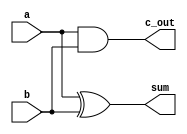
//----------------------------------------------------------------------
module Add_half (input a, b, output c_out, sum);
   xor G1(sum, a, b);	 
   and G2(c_out, a, b);
endmodule
//----------------------------------------------------------------------

//----------------------------------------------------------------------
module Add_full (input a, b, c_in, output c_out, sum);
   wire w1, w2, w3;	 
   Add_half M1 (a, b, w1, w2);
   Add_half M0 (w2, c_in, w3, sum);
   or (c_out, w1, w3);
endmodule
//----------------------------------------------------------------------

//----------------------------------------------------------------------
module adder16(a, b, c, s, ovf);
   
   input [15:0] a; // first number
   input [15:0] b; // second number  
   output [16:0] c;
   output [15:0] s;	
   output ovf;
        
        and(d, 0, 0);
        Add_full first(a[0], b[0], d, c[1], s[0]); 
       Add_full second(a[1], b[1], c[1], c[2], s[1]);
        Add_full third(a[2], b[2], c[2], c[3], s[2]);
       Add_full fourth(a[3], b[3], c[3], c[4], s[3]); 
        Add_full fifth(a[4], b[4], c[4], c[5], s[4]); 
        Add_full sixth(a[5], b[5], c[5], c[6], s[5]);
      Add_full seventh(a[6], b[6], c[6], c[7], s[6]);
       Add_full eighth(a[7], b[7], c[7], c[8], s[7]); 
        Add_full ninth(a[8], b[8], c[8], c[9], s[8]); 
        Add_full tenth(a[9], b[9], c[9], c[10], s[9]);
     Add_full eleventh(a[10], b[10], c[10], c[11], s[10]);
      Add_full twelfth(a[11], b[11], c[11], c[12], s[11]); 
   Add_full thirteenth(a[12], b[12], c[12], c[13], s[12]); 
   Add_full fourteenth(a[13], b[13], c[13], c[14], s[13]);
    Add_full fifteenth(a[14], b[14], c[14], c[15], s[14]);
    Add_full sixteenth(a[15], b[15], c[15], c[16], s[15]); 

   xnor(v, a[15], b[15]);
   xor(w, b[15], s[15]);
   and(ovf, v, w);

endmodule
//----------------------------------------------------------------------

//----------------------------------------------------------------------
module testbench();

   reg [15:0] a; // first number
   reg [15:0] b; // second number
   reg [15:0] d; // first number
   reg [15:0] e; // second number
   wire [15:0] s; // sum wire
   wire [16:0] c1; // carry wire
   wire [15:0] s1; // sum wire
   wire [16:0] c; // carry wire
   wire ovfadd, ovfadd1;

   adder16 pls(a, b, c, s, ovfadd);
   adder16 pls2(d, e, c1, s1, ovfadd1);

   initial begin
   a=32767;
   b=32767;
   d=1230;
   e=22135;

   #10;
   $display("Value of a = %b", a);
   $display("Value of b = %b", b);
   #10;
   $display("Sum of a and b = %b", s);
   
   if (ovfadd == 1)
      $display("Overflow: Yes");
   else
      $display("Overflow: No");

   $display("Value of d = %b", d);
   $display("Value of e = %b", e);
   #10;
   $display("Sum of d and e = %b", s1);

   if (ovfadd1 == 1)
      $display("Overflow: Yes");
   else
      $display("Overflow: No");

   end
endmodule
//-----------------------------------------------------------------------